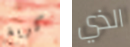
كريغ الذي